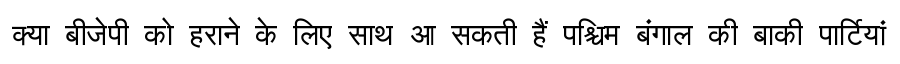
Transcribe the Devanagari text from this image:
क्या बीजेपी को हराने के लिए साथ आ सकती हैं पश्चिम बंगाल की बाकी पार्टियां